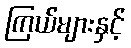
ကြယ်များနှင့်